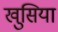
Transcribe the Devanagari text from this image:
खुसिया